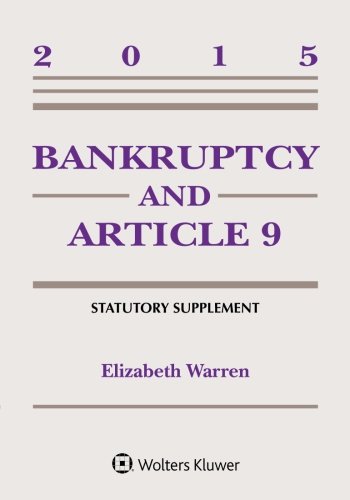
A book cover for Bankruptcy and Article 9 Statutory Supplement; Elizabeth Warren; Law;